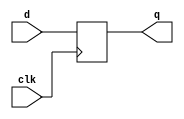
`timescale 1ns / 1ps
//////////////////////////////////////////////////////////////////////////////////
// Company: 
// Engineer: 
// 
// Design Name: 
// Module Name: d_flipflop
// Project Name: 
// Target Devices: 
// Tool Versions: 
// Description: 
// 
// Dependencies: 
// 
// Revision:
// Revision 0.01 - File Created
// Additional Comments:
// 
//////////////////////////////////////////////////////////////////////////////////


module d_flipflop(
    output reg q,
    input d,
    input clk
    );
    initial
    q=1'b0;    
    always@(posedge clk)
    begin
    q<=d;
    end    
endmodule